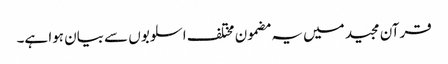
قرآن مجید میں یہ مضمون مختلف اسلوبوں سے بیان ہوا ہے۔